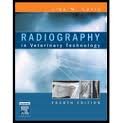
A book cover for Radiography in Veterinary Technology 4th (forth) edition; Lisa M. Lavin CVT BA MBA (; Medical Books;